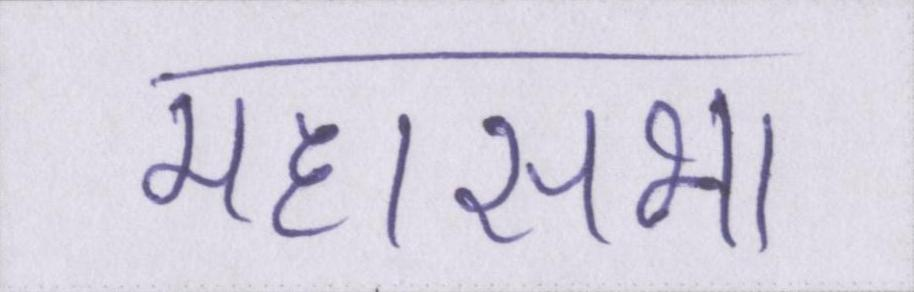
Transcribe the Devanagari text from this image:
महासभा